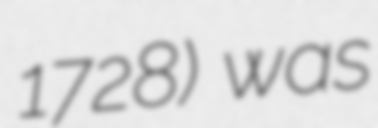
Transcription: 1728) was